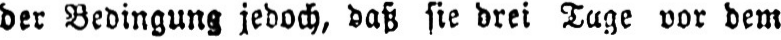
der Bedingung jedoch, daß sie drei Tage vor dem